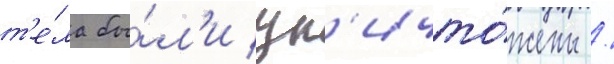
т'е́ла бы́л'и ун'ичто́жены /